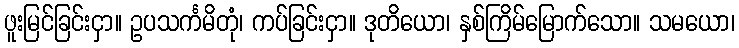
ဖူးမြင်ခြင်းငှာ။ ဥပသင်္ကမိတုံ၊ ကပ်ခြင်းငှာ။ ဒုတိယော၊ နှစ်ကြိမ်မြောက်သော။ သမယော၊